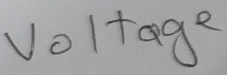
Text: Voltage